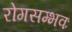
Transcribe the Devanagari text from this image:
रोगसम्भवः